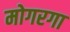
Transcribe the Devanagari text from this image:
मोगरगा